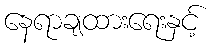
နေရာချထားရေးနှင့်